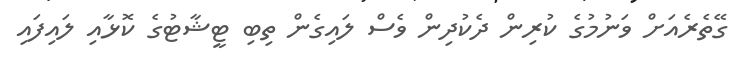
ގޭތެރެއަށް ވަނުމުގެ ކުރިން ދެކުދިން ވެސް ލައިގެން ތިބި ޓީޝާޓުގެ ކޮޅާއި ލައިފައި